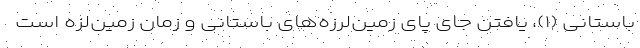
باستانی (۱)، یافتن جای پای زمین‌لرزه‌های باستانی و زمان زمین‌لزه است